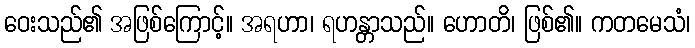
ဝေးသည်၏ အဖြစ်ကြောင့်။ အရဟာ၊ ရဟန္တာသည်။ ဟောတိ၊ ဖြစ်၏။ ကတမေသံ၊